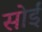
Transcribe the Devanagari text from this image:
सोईं